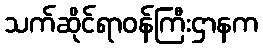
သက်ဆိုင်ရာဝန်ကြီးဌာနက